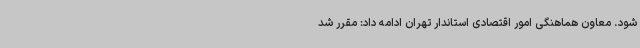
شود. معاون هماهنگی امور اقتصادی استاندار تهران ادامه داد: مقرر شد